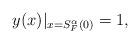
LaTeX: \begin{align*}y(x)|_{x=S_{F}^{\alpha}(0)}=1,~~~~\end{align*}